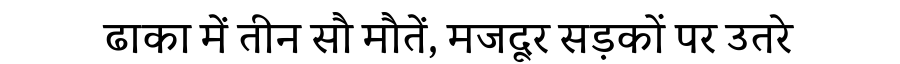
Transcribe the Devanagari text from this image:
ढाका में तीन सौ मौतें, मजदूर सड़कों पर उतरे